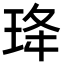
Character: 𭹇